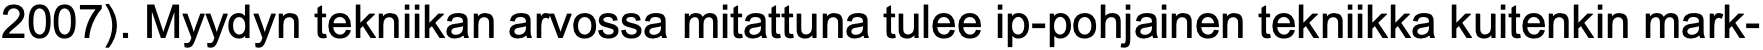
2007). Myydyn tekniikan arvossa mitattuna tulee ip-pohjainen tekniikka kuitenkin mark-